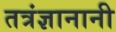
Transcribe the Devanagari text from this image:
तत्रंज्ञानानी